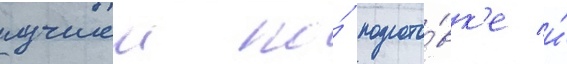
лучшеи по́ подгото́вк'е и́